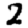
Digit: 2